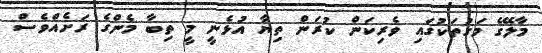
މާލޭގެ މަގުތަކުގައި ވެރިކަން ކުރަން ތިޔާ އުޅެނީ މީ ތިބާ މެންގެ ރަށެއްވެސް